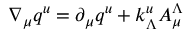
\nabla _ { \mu } q ^ { u } = \partial _ { \mu } q ^ { u } + k _ { \Lambda } ^ { u } A _ { \mu } ^ { \Lambda }